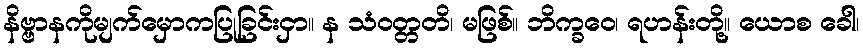
နိဗ္ဗာနကိုမျက်မှောကပြုခြင်းငှာ။ န သံဝတ္တတိ၊ မဖြစ်။ ဘိက္ခဝေ၊ ရဟန်းတို့။ ယောစ ခေါ၊